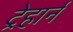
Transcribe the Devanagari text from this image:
ट्रेहार्न